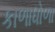
કાળાધોળા